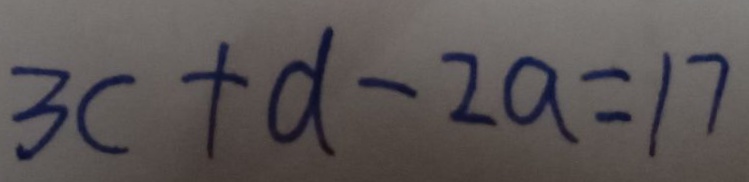
3 a + d - 2 a = 1 7